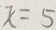
x = 5